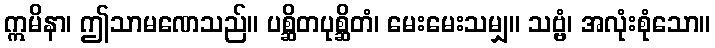
ဣမိနာ၊ ဤသာမဏေသည်။ ပစ္ဆိတပုစ္ဆိတံ၊ မေးမေးသမျှ။ သဗ္ဗံ၊ အလုံးစုံသော။